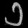
Digit: ၁